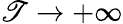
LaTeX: \mathscr{T}\to+\infty